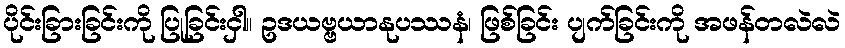
ပိုင်းခြားခြင်းကို ပြုခြင်းငှါ။ ဥဒယဗ္ဗယာနုပဿနံ၊ ဖြစ်ခြင်း ပျက်ခြင်းကို အဖန်တလဲလဲ